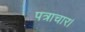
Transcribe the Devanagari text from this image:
पत्राचार।